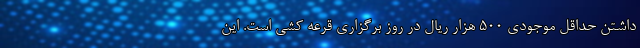
داشتن حداقل موجودی 500 هزار ریال در روز برگزاری قرعه کشی است. این